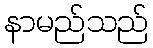
နာမည်သည်